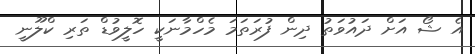
އެ ޝޯ އަށް ދައުވަތު ދިން ފުރަތަމަ މެހްމާނަކީ ހޮލީވުޑް ތަރި ކްލޫނީ